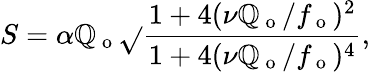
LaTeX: S=\alpha\mathbb{Q}_{\mathrm{{~o~}}}\sqrt{}{{\frac{{1+4(\nu\mathbb{Q}_{\mathrm{{~o~}}}/f_{\mathrm{{~o~}}})^{2}}}{{1+4(\nu\mathbb{Q}_{\mathrm{{~o~}}}/f_{\mathrm{{~o~}}})^{4}}}}},